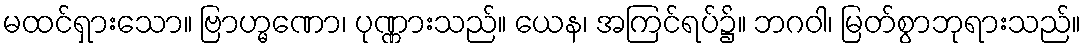
မထင်ရှားသော။ ဗြာဟ္မဏော၊ ပုဏ္ဏားသည်။ ယေန၊ အကြင်ရပ်၌။ ဘဂဝါ၊ မြတ်စွာဘုရားသည်။